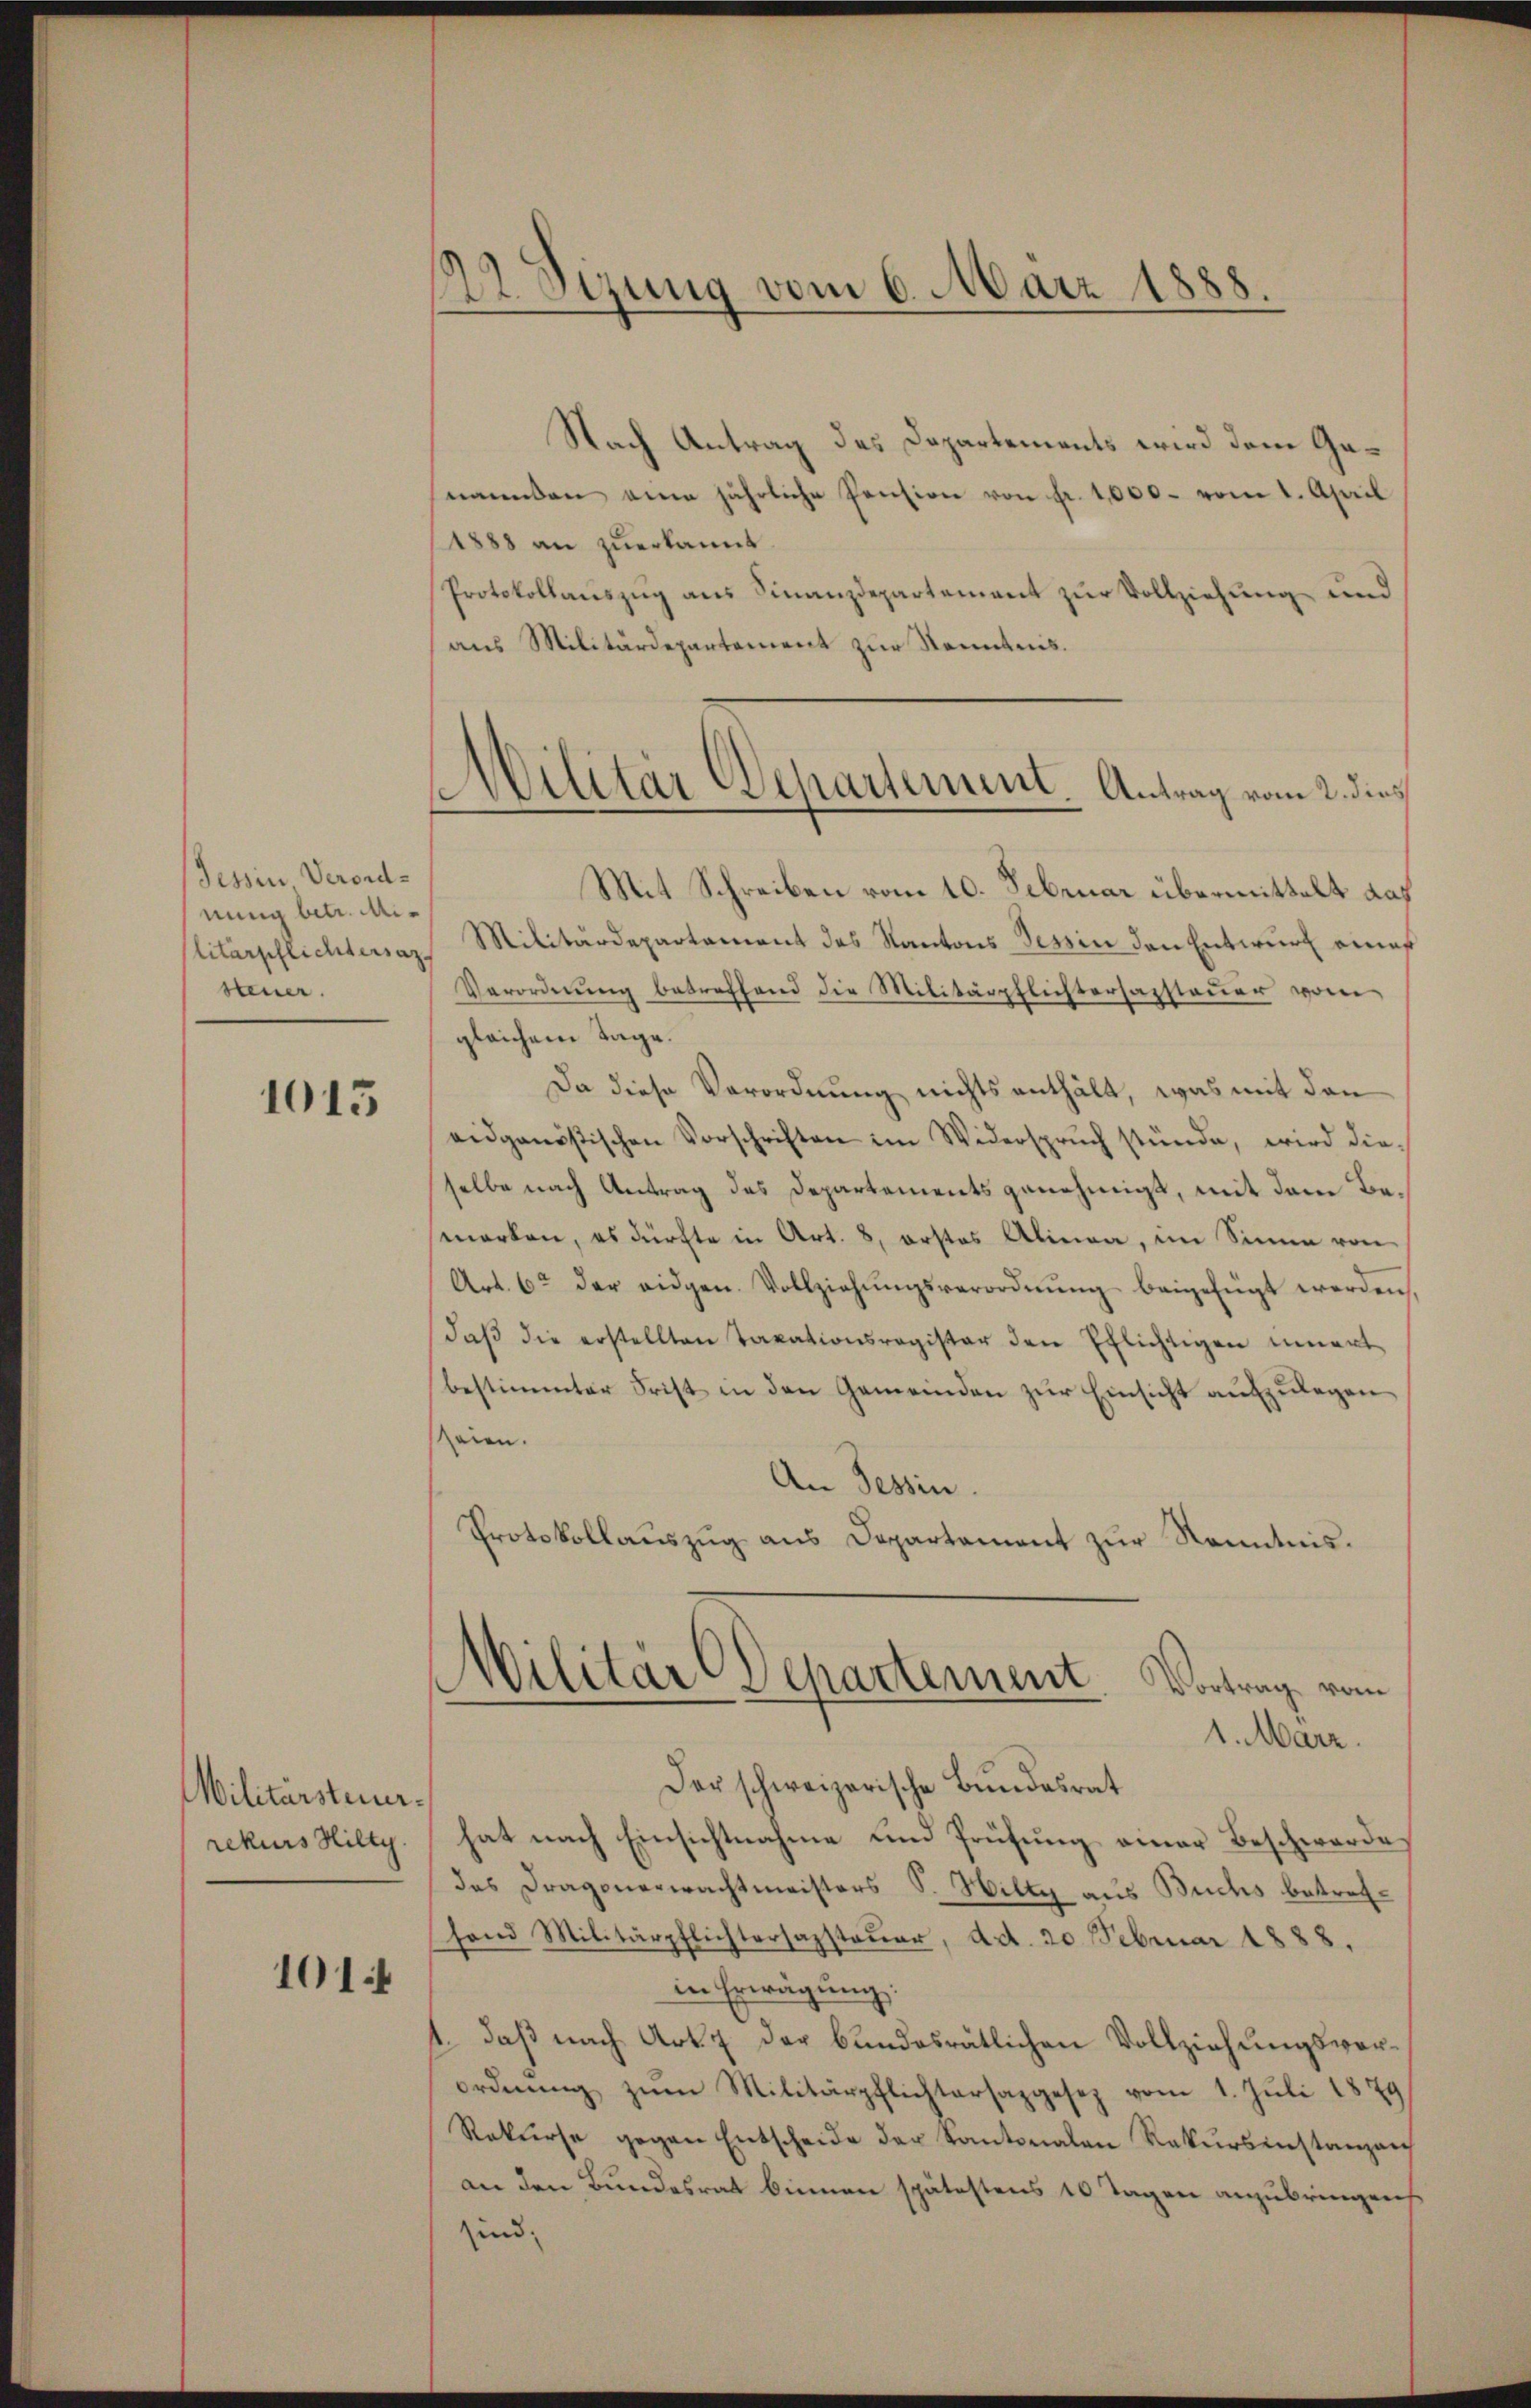
Tessin Verordnung betr. Militärpflichtersaz.
steuer.

1015

Militärsteuerrekurs Hilty.

101:

12. Sizung vom 6. März 1888.

Nach Antrag des Departements wird dem Ganannten eine jährliche Pension von Fr. 1000. vom 1. April
1888 an zuerkannt.
Protokollauszug aus Finanzdepartement zur Vollziehung und
aus Militärdepartement zur Kenntnis.
Mit Schreiben vom 10. Februar übermittelt das
Militärdepartement des Kantons Tessin den Entwurf eines
Verordnŭng betreffend die Militärpflichtersazsteuer vom
gleichem Tage.
Da diese Verordnung nichts enthält, was mit den
eidgenößischen Vorschriften im Widerspruch stünde, wird dieselbe nach Antrag des Departements genehmigt, mit dem Bemarken, es dürfte in Art. 8, erstes Alinea, im Sinne von
Art. 62 der eidgen. Vollziehŭngsverordnŭng beigefügt werden,
daβ die erstellten Taxationsregister den Ehlichtigen innert
bestimmter Frist in den Gemeinden zur Einsicht aufzulegen
seien.
An Tessin.
Protokollaŭszŭg ans Departement zŭr Kenntnis¬
Militär-Departement. Vortrag vom
1. Marz.
Der schweizerische Bundesrat
hat nach Einsichtnahme und Prüfung einer Beschwerde
das Dragonerwachtmeisters S. Hilty aus Buchs betrefhand Militärpflichtersazsteuer, ad. 20. Februar 1888.
in Erwägung:
1. daß nach Art. 7 der bundesrätlichen Vollziehungsverordnŭng zŭm Militärpflichtersazgesez vom 1. Jŭli 1879
Rekurse gegen Entscheide der Kantonalen Rekŭrsinstanzen
an den Bundesrat binnen spätestens 10 Tagen anzubringen
sind;

Militär Departement. Antrag vom 2. dies